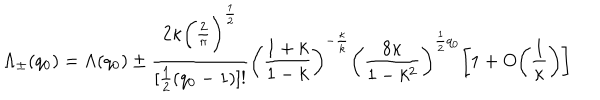
LaTeX: \Lambda _ { \pm } ( q _ { 0 } ) = \Lambda ( q _ { 0 } ) \pm \frac { 2 \kappa \bigg ( \frac { 2 } { \pi } \bigg ) ^ { \frac { 1 } { 2 } } } { [ \frac { 1 } { 2 } ( q _ { 0 } - 1 ) ] ! } \bigg ( \frac { 1 + k } { 1 - k } \bigg ) ^ { - \frac { \kappa } { k } } \bigg ( \frac { 8 \kappa } { 1 - k ^ { 2 } } \bigg ) ^ { \frac { 1 } { 2 } q _ { 0 } } \bigg [ 1 + O \bigg ( \frac { 1 } { \kappa } \bigg ) \bigg ]